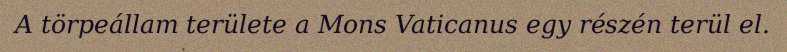
A törpeállam területe a Mons Vaticanus egy részén terül el.